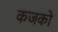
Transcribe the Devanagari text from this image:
कजको